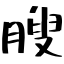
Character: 膄